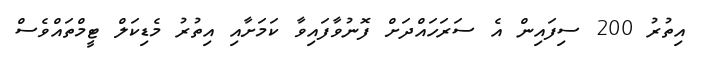
އިތުރު 200 ސިފައިން އެ ސަރަހައްދަށް ފޮނުވާފައިވާ ކަމަށާއި އިތުރު މެޑިކަލް ޓީމްތައްވެސް